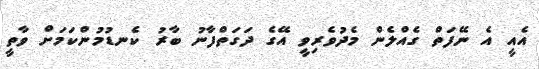
އެއީ އެ ނޭފަތް ގެއްލެން މެދުވެރިވީ އޭގެ ދަގަތްފާނު ބާރު ކެނޑުމުންކަމަށް ވާތީ